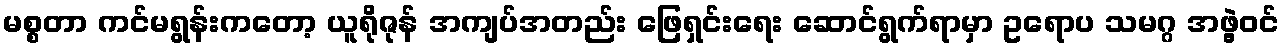
မစ္စတာ ကင်မရွန်းကတော့ ယူရိုဇုန် အကျပ်အတည်း ဖြေရှင်းရေး ဆောင်ရွက်ရာမှာ ဥရောပ သမဂ္ဂ အဖွဲ့ဝင်